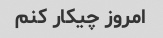
امروز چیکار کنم